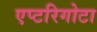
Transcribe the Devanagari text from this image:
एप्टरिगोटा